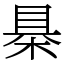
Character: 㮂